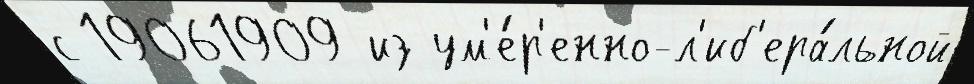
с 19061909 из ум'е́р'енно-л'иб'ера́льной